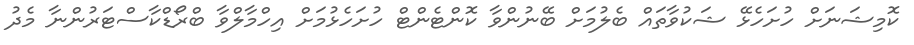
ކޮމިޝަނަށް ހުށަހެޅޭ ޝަކުވާތައް ބެލުމަށް ބޭނުންވާ ކޮންޓެންޓް ހުށަހެޅުމަށް އިހްމާލްވާ ބްރޯޑްކާސްޓަރުންނާ މެދު